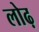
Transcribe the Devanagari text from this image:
लोढ़